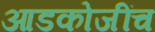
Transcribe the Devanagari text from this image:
आडकोजींच